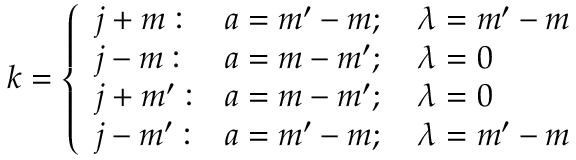
k = { \left\{ \begin{array} { l l } { j + m : } & { a = m ^ { \prime } - m ; \quad \lambda = m ^ { \prime } - m } \\ { j - m : } & { a = m - m ^ { \prime } ; \quad \lambda = 0 } \\ { j + m ^ { \prime } : } & { a = m - m ^ { \prime } ; \quad \lambda = 0 } \\ { j - m ^ { \prime } : } & { a = m ^ { \prime } - m ; \quad \lambda = m ^ { \prime } - m } \end{array} \right. }